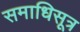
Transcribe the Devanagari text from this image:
समाधिसूत्र